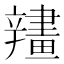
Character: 𨐶